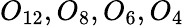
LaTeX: O_{12},O_{8},O_{6},O_{4}